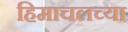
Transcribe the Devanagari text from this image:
हिमाचलच्या